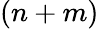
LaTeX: (n+m)